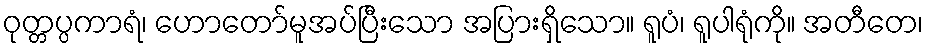
ဝုတ္တပ္ပကာရံ၊ ဟောတော်မူအပ်ပြီးသော အပြားရှိသော။ ရူပံ၊ ရူပါရုံကို။ အတီတေ၊